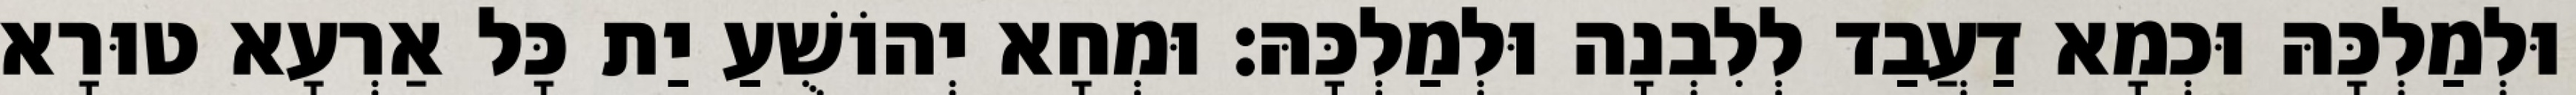
וּלְמַלְכָּהּ וּכְמָא דַעֲבַד לְלִבְנָה וּלְמַלְכָּהּ׃ וּמְחָא יְהוֹשֻׁעַ יַת כָּל אַרְעָא טוּרָא